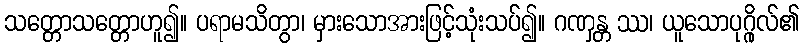
သတ္တောသတ္တောဟူ၍။ ပရာမသိတွာ၊ မှားသောအားဖြင့်သုံးသပ်၍။ ဂဏှန္တ ဿ၊ ယူသောပုဂ္ဂိုလ်၏